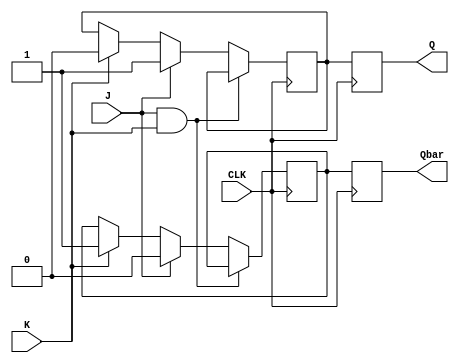
module jk_flipflop (
    input J, K, CLK,
    output reg Q, Qbar
);

reg master_Q, master_Qbar, slave_Q, slave_Qbar;

always @(posedge CLK) begin
    if (J && K) begin
        master_Q <= master_Q;
        master_Qbar <= master_Qbar;
    end else if (J) begin
        master_Q <= 1;
        master_Qbar <= 0;
    end else if (K) begin
        master_Q <= 0;
        master_Qbar <= 1;
    end else begin
        master_Q <= master_Q;
        master_Qbar <= master_Qbar;
    end
end

always @(posedge CLK) begin
    slave_Q <= master_Q;
    slave_Qbar <= master_Qbar;
end

assign Q = slave_Q;
assign Qbar = slave_Qbar;

endmodule